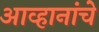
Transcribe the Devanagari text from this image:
आव्हानांचे